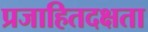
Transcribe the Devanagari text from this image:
प्रजाहितदक्षता